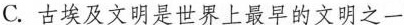
C.古埃及文明是世界上最早的文明之一